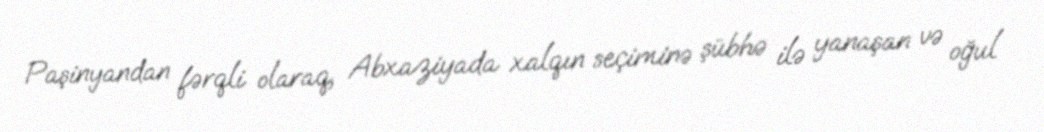
Paşinyandan fərqli olaraq, Abxaziyada xalqın seçiminə şübhə ilə yanaşan və oğul